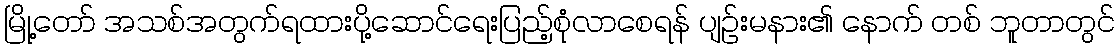
မြို့တော် အသစ်အတွက်ရထားပို့ဆောင်ရေးပြည့်စုံလာစေရန် ပျဉ်းမနား၏ နောက် တစ် ဘူတာတွင်